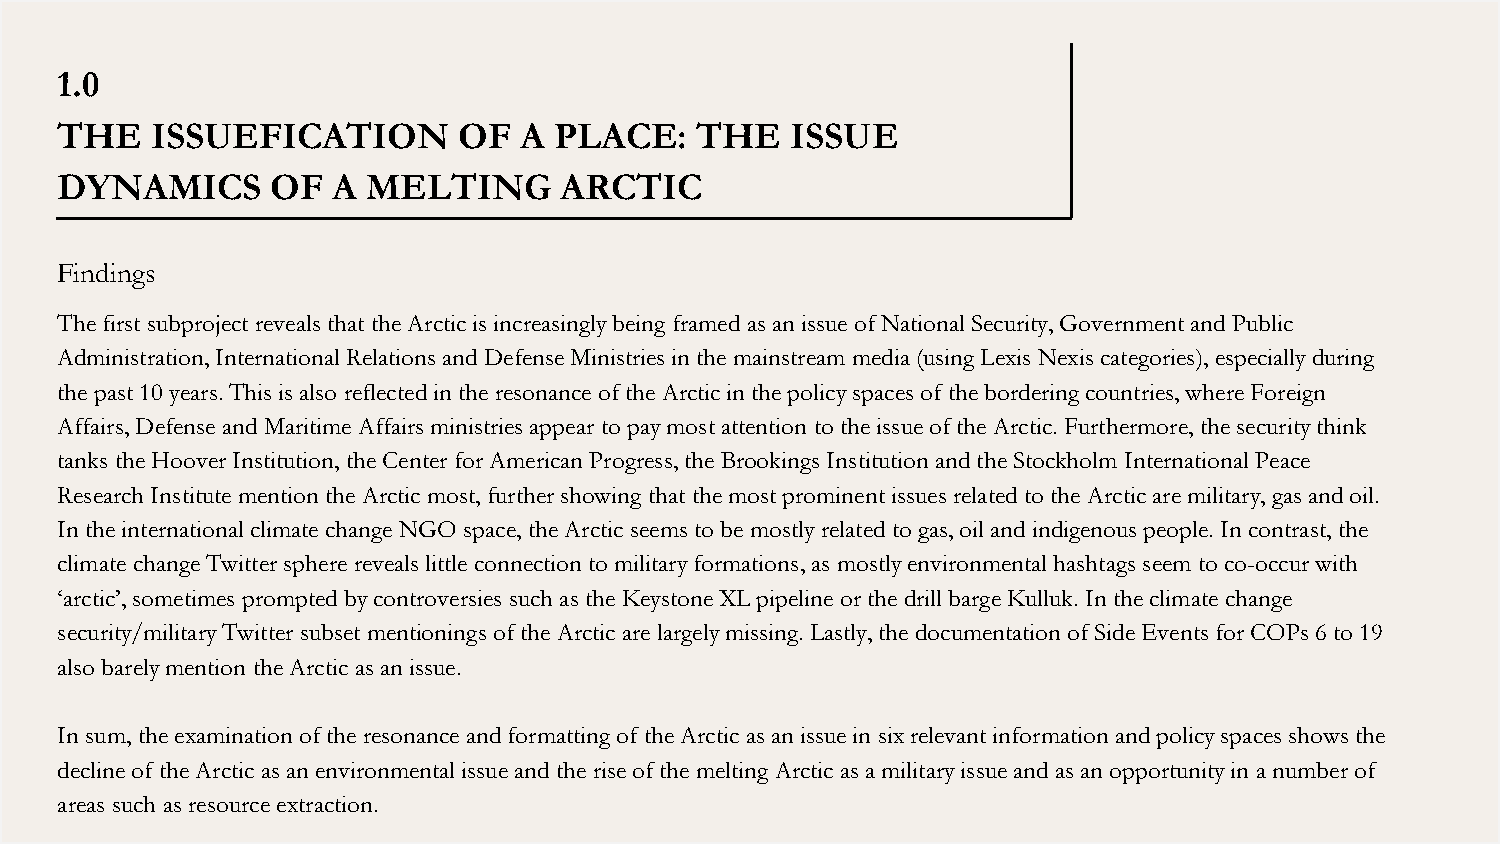
1.0
 THE   ISSUEFICATION       OF  A  PLACE:   THE   ISSUE
 DYNAMICS      OF  A MELTING      ARCTIC
 Findings
 The first subproject reveals that the Arctic is increasingly being framed as an issue of National Security, Government and Public
 Administration, International Relations and Defense Ministries in the mainstream media (using Lexis Nexis categories), especially during
 the past 10 years. This is also reflected in the resonance of the Arctic in the policy spaces of the bordering countries, where Foreign
 Affairs, Defense and Maritime Affairs ministries appear to pay most attention to the issue of the Arctic. Furthermore, the security think
 tanks the Hoover Institution, the Center for American Progress, the Brookings Institution and the Stockholm International Peace
 Research Institute mention the Arctic most, further showing that the most prominent issues related to the Arctic are military, gas and oil.
 In the international climate change NGO space, the Arctic seems to be mostly related to gas, oil and indigenous people. In contrast, the
 climate change Twitter sphere reveals little connection to military formations, as mostly environmental hashtags seem to co-occur with
 ‘arctic’, sometimes prompted by controversies such as the Keystone XL pipeline or the drill barge Kulluk. In the climate change
 security/military Twitter subset mentionings of the Arctic are largely missing. Lastly, the documentation of Side Events for COPs 6 to 19
 also barely mention the Arctic as an issue.
 In sum, the examination of the resonance and formatting of the Arctic as an issue in six relevant information and policy spaces shows the
 decline of the Arctic as an environmental issue and the rise of the melting Arctic as a military issue and as an opportunity in a number of
 areas such as resource extraction.